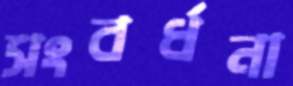
সংবর্ধনা